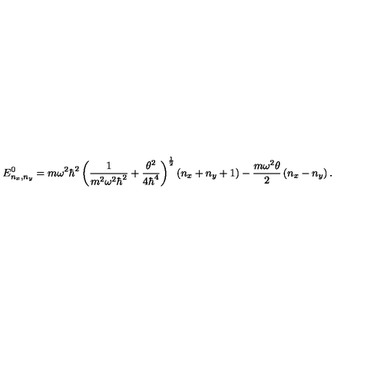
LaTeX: E _ { n _ { x } , n _ { y } } ^ { 0 } = m \omega ^ { 2 } \hbar ^ { 2 } \left( \frac { 1 } { m ^ { 2 } \omega ^ { 2 } \hbar ^ { 2 } } + \frac { \theta ^ { 2 } } { 4 \hbar ^ { 4 } } \right) ^ { \frac { 1 } { 2 } } \left( n _ { x } + n _ { y } + 1 \right) - \frac { m \omega ^ { 2 } \theta } { 2 } \left( n _ { x } - n _ { y } \right) .